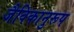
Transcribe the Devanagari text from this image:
जैविकानुरूप